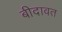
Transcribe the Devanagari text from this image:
बीदावत